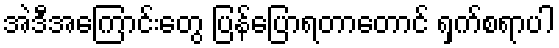
အဲဒီအကြောင်းတွေ ပြန်ပြောရတာတောင် ရှက်စရာပါ